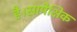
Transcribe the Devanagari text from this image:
है।सापेक्षिक